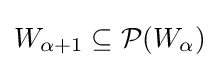
W_{\alpha +1}\subseteq {\mathcal {P}}(W_{\alpha })